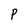
Character: P